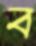
ব